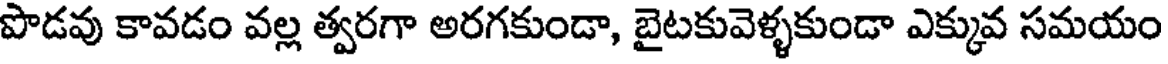
పొడవు కావడం వల్ల త్వరగా అరగకుండా, బైటకువెళ్ళకుండా ఎక్కువ సమయం